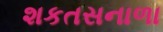
શકતસનાળા